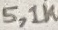
Text: 5,1K